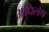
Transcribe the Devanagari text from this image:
अधिलेष